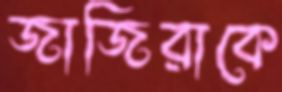
জাজিরাকে